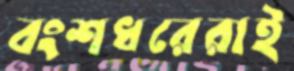
বংশধরেরাই